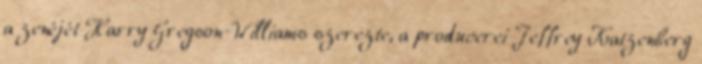
a zenéjét Harry Gregson-Williams szerezte, a producerei Jeffrey Katzenberg